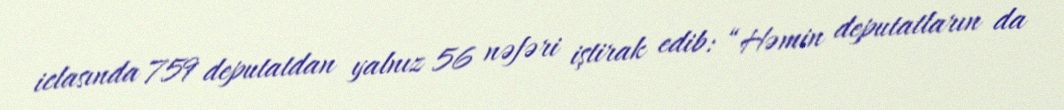
iclasında 759 deputatdan yalnız 56 nəfəri iştirak edib: “Həmin deputatların da